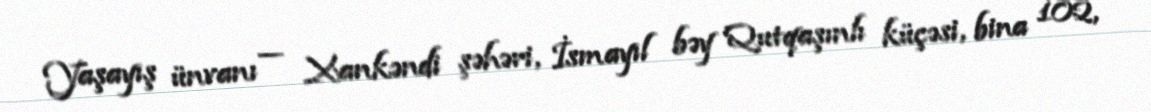
Yaşayış ünvanı — Xankəndi şəhəri, İsmayıl bəy Qutqaşınlı küçəsi, bina 102,